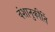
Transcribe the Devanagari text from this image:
वंशानुकीर्ति